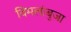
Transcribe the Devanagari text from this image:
विमलांबुजा